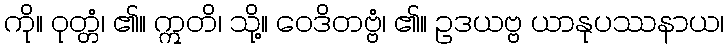
ကို။ ဝုတ္တံ၊ ၏။ ဣတိ၊ သို့။ ဝေဒိတဗ္ဗံ၊ ၏။ ဥဒယဗ္ဗ ယာနုပဿနာယ၊